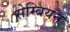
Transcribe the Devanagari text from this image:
सेम्बियन